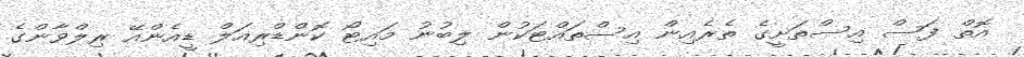
އޮތް ފަސް އިސްތަށީގެ ތެރެއިން އިސްތައްޓަކުން ލިބުނު މައިޓޯ ކޮންޑްރިއަލް ޑީއެންއޭ ރިލްވާންގެ